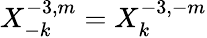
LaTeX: X_{-k}^{-3,m}=X_{k}^{-3,-m}